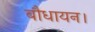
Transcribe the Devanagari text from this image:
बौधायन।